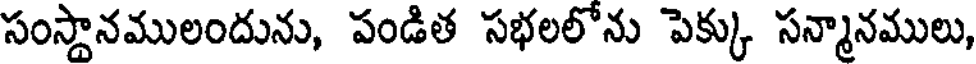
సంస్థానములందును, పండిత సభలలోను పెక్కు సన్మానములు,